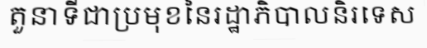
តួនាទីជាប្រមុខនៃរដ្ឋាភិបាលនិរទេស